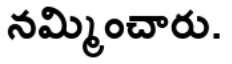
నమ్మించారు.